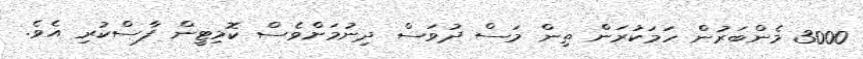
3000 މެންބަރުން ހަމަކުރަން ތިން މަސް ދުވަސް ދިނުމަށްވެސް ކޮމިޓީން ފާސްކުރި އެވެ.